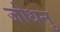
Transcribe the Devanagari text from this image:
जोधनु